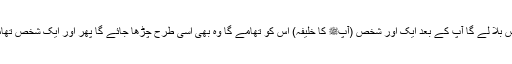
پھر اللہ آپﷺ کو اسی دین پر اپنے پاس بلا لے گا آپ کے بعد ایک اور شخص (آپﷺ کا خلیفہ) اس کو تھامے گا وہ بھی اسی طرح چڑھا جائے گا پھر اور ایک شخص تھامے گا اور اس کا بھی یہی حال ہو گا۔